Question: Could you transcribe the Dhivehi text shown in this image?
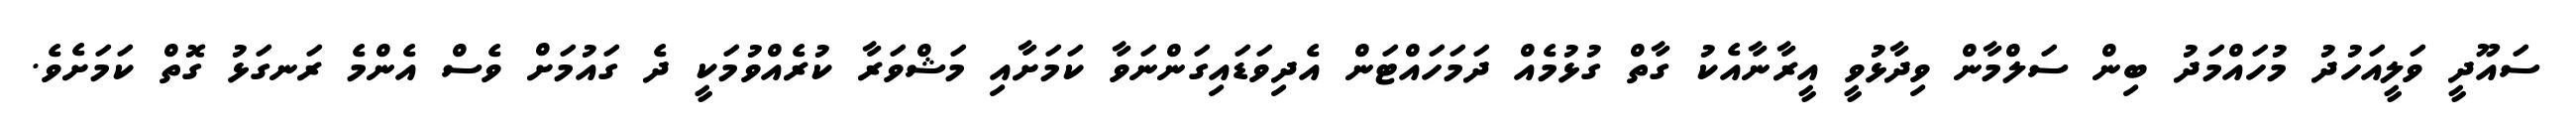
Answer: ސައޫދީ ވަލީއަހުދު މުހައްމަދު ބިން ސަލްމާން ވިދާޅުވީ އީރާނާއެކު ގާތް ގުޅުމެއް ދަމަހައްޓަން އެދިވަޑައިގަންނަވާ ކަމަށާއި މަޝްވަރާ ކުރެއްވުމަކީ ދެ ގައުމަށް ވެސް އެންމެ ރަނގަޅު ގޮތް ކަމަށެވެ.